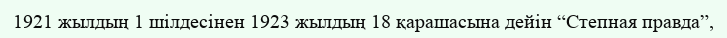
1921 жылдың 1 шілдесінен 1923 жылдың 18 қарашасына дейін “Степная правда”,